Annual report on the working of the lock hospitals in the Central Provinces
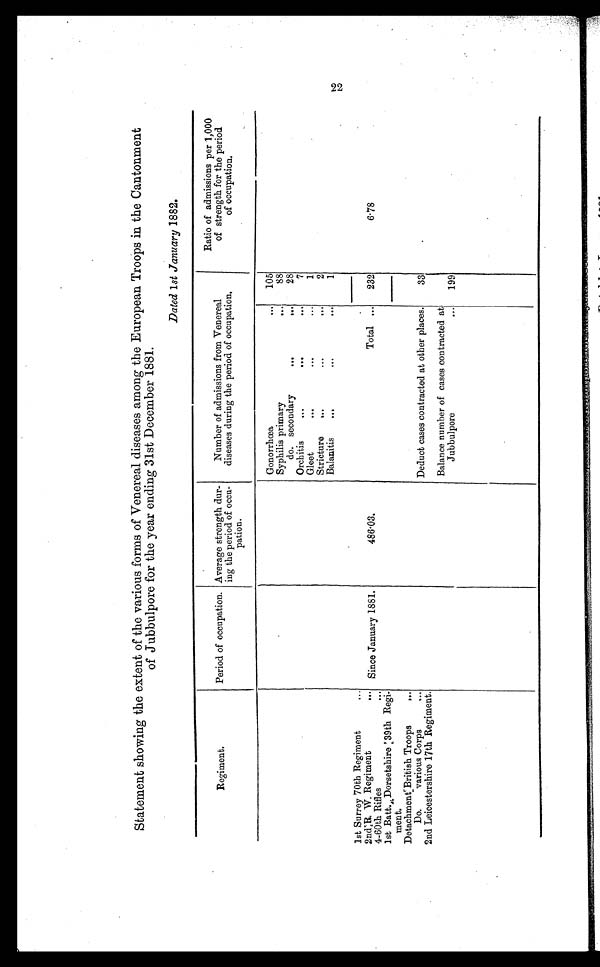
Statement showing the extent of the various forms of Venereal diseases among the European Troops in the Cantonment
of Jubbulpore for the year ending 31st December 1881.
Dated 1st January 1882.
Regiment.
Period of occupation. Average strength dur-
ing the period of occu-
pation.
Number of admissions from Venereal
diseases during the period of occupation.
Ratio of admissions per 1,000
of strength for the period
of occupation.
Gonorrhœa
...
105
Syphilis primary
...
88
do. secondary
...
...
28
Orchitis
...
...
. . .
7
Gleet
...
...
...
1
Stricture
...
...
...
2
Balanitis
...
...
...
1
1st Surrey 70th Regiment
...
Since January 1881.
486.03.
Total ...
232
6.78
2nd R. W. Regiment ...
4-60th Rifles
...
1st Batt.Dorsetshire 39th Regi-
ment.
Deduct cases contracted at other places.
33
Detachment British Troops
...
Do.
various Corps
...
2nd Leicestershire 17th Regiment.
Balance number of cases contracted at
Jubbulpore
...
199
22